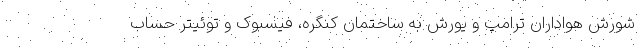
شورش هواداران ترامپ و یورش به ساختمان کنگره، فیسبوک و توئیتر حساب